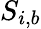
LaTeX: S_{i,b}